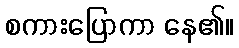
စကားပြောကာ နေ၏။